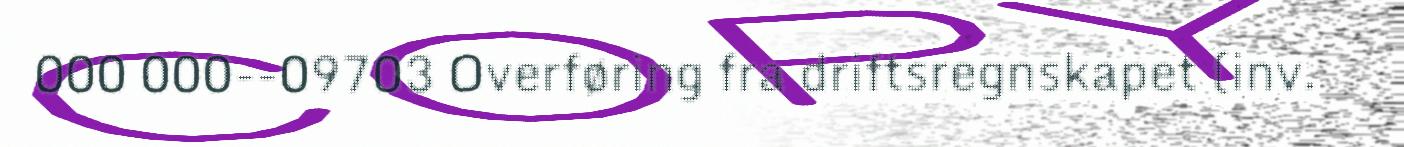
000 000--09703 Overføring fra driftsregnskapet (inv.